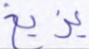
يزيغ